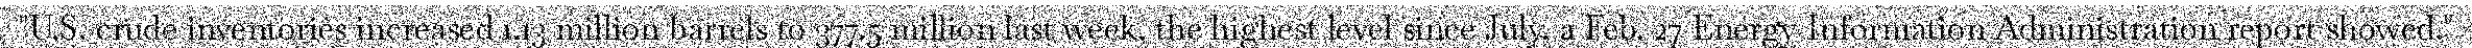
"U.S. crude inventories increased 1.13 million barrels to 377.5 million last week, the highest level since July, a Feb. 27 Energy Information Administration report showed."